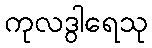
ကုလဒွါရေသု